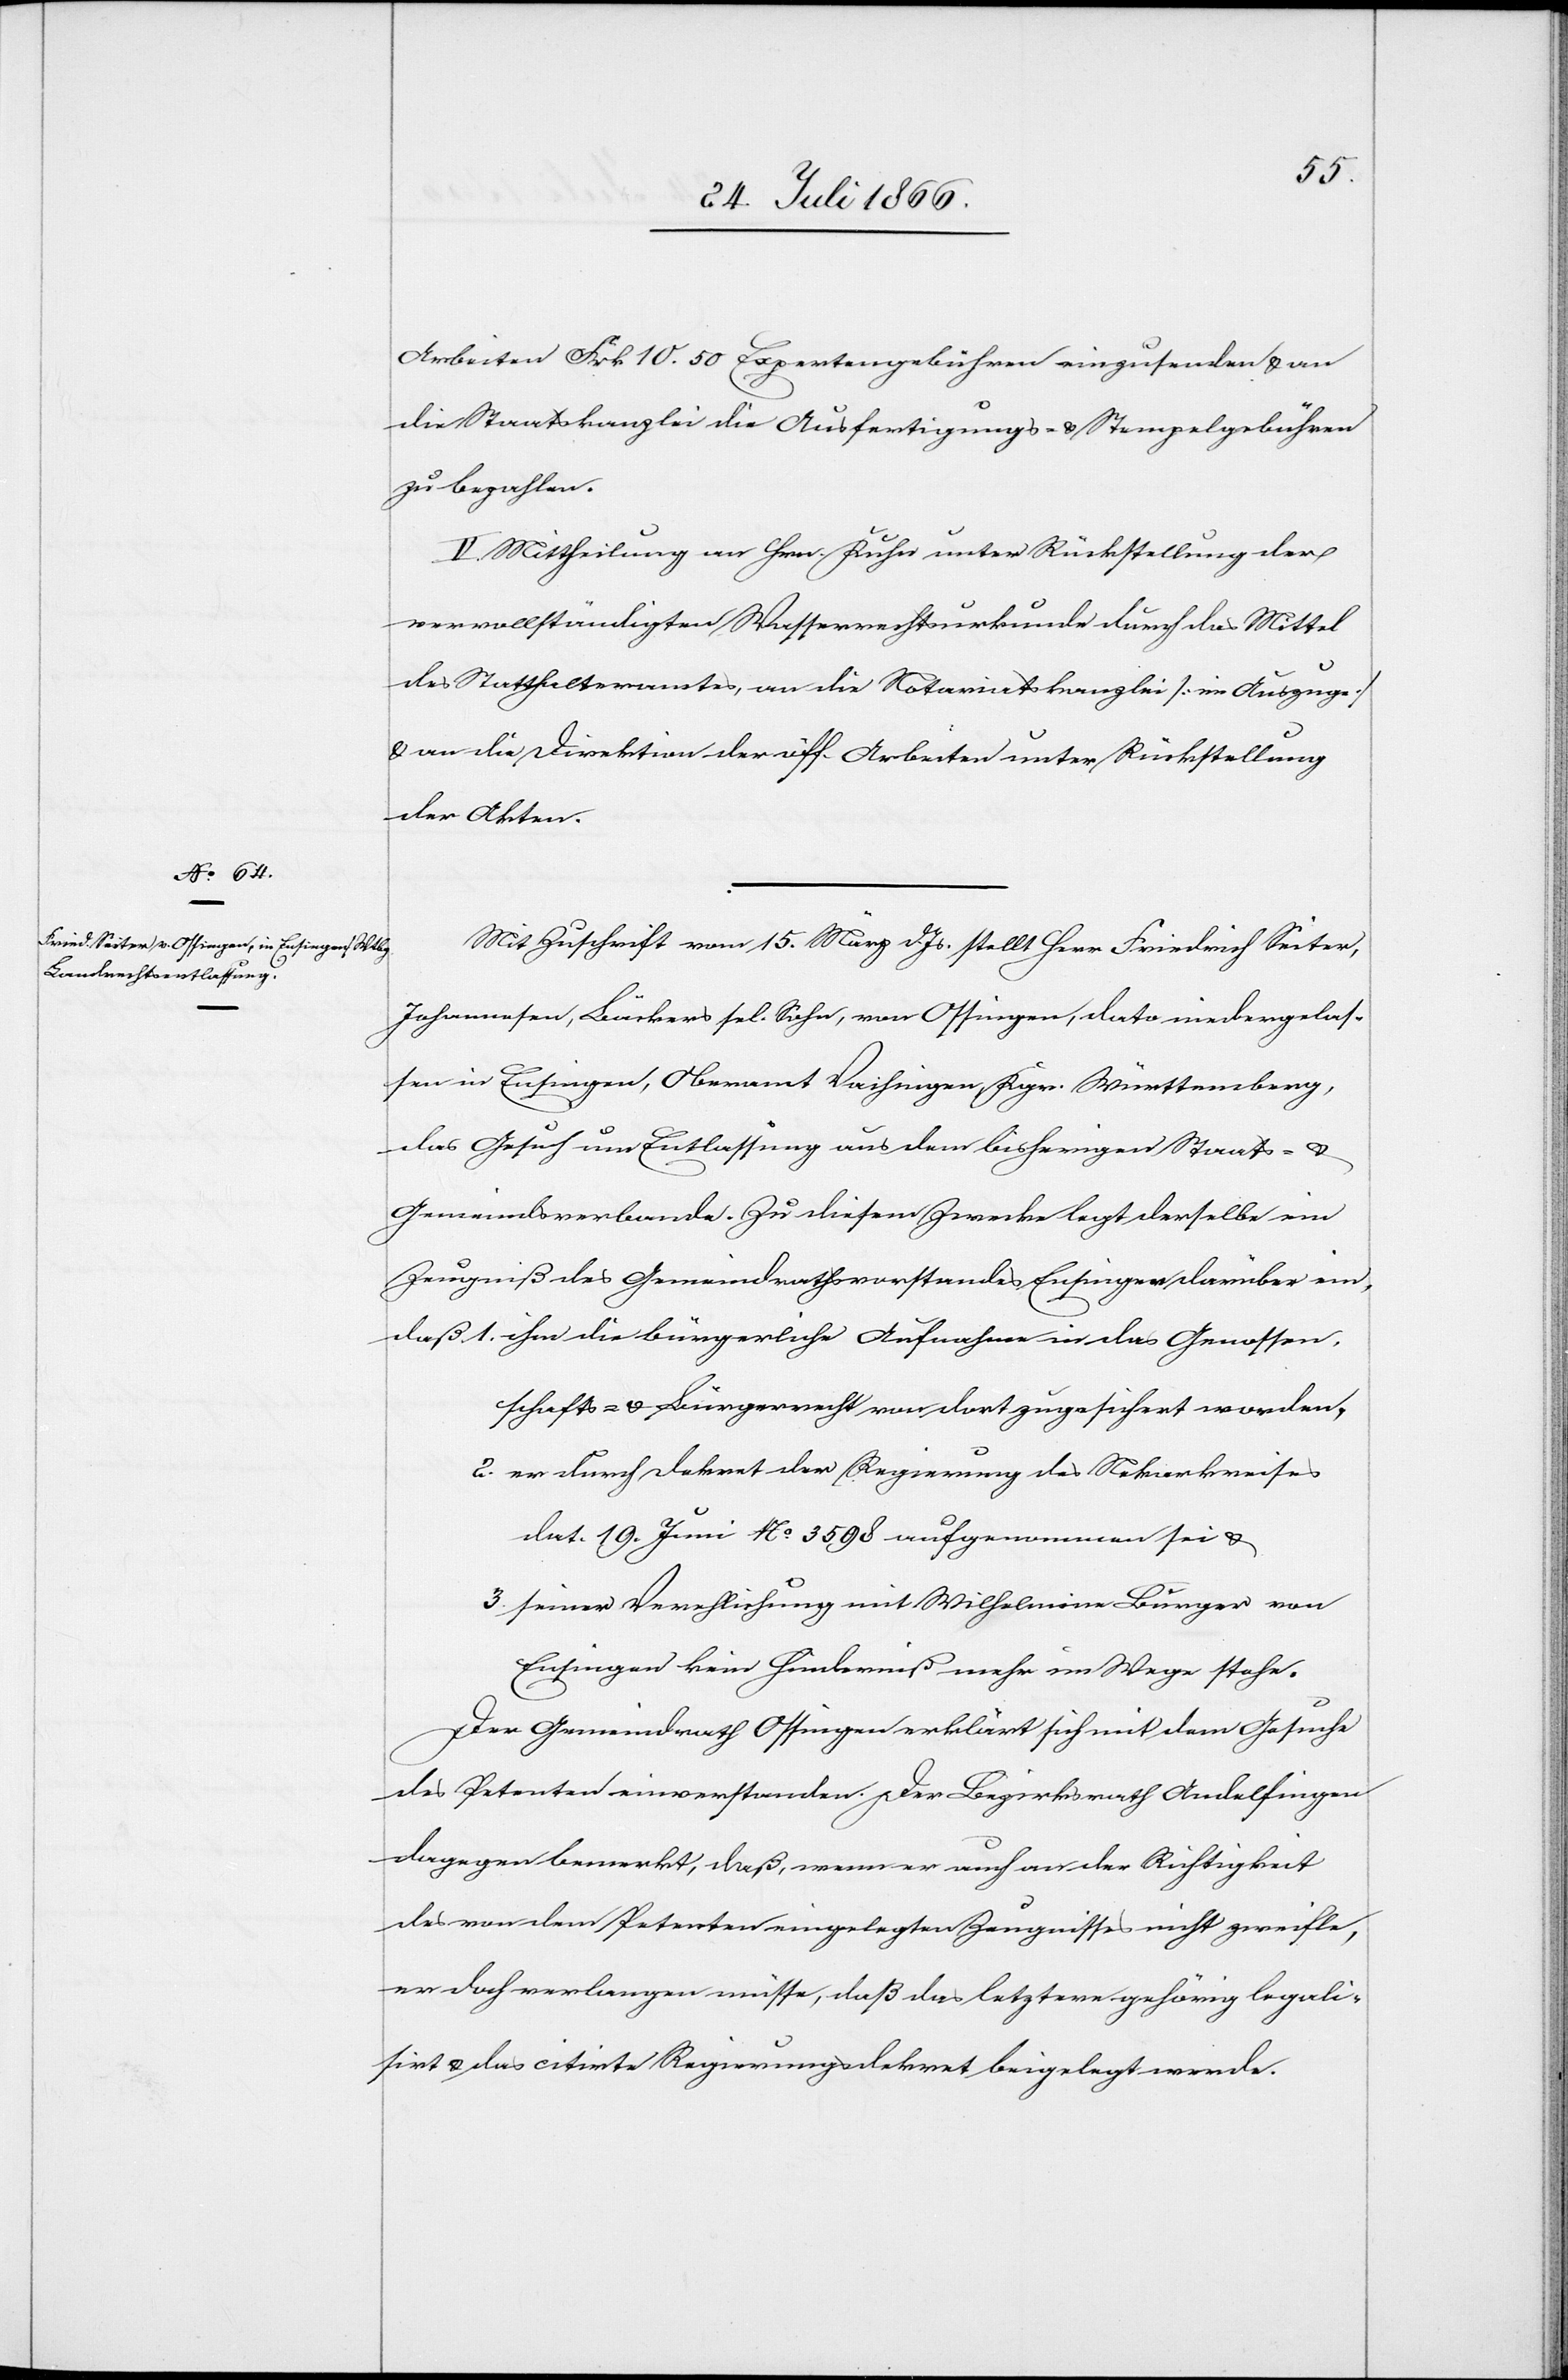
Arbeiten Frk. 10.50 Expertengebühren einzusenden u. an
die Staatskanzlei die Ausfertigungs- u. Stempelgebühren
zu bezahlen.
V. Mittheilung an Hrn. Kuhn unter Rückstellung der
vervollständigten Wasserrechtsurkunde durch das Mittel
des Statthalteramtes, an die Notariatskanzlei [im Auszuge]
u. an die Direktion der öff. Arbeiten unter Rückstellung
der Akten.
Mit Zuschrift vom 15. März d. Js. stellt Herr Friedrich Seiter,
Johannesen, Bäckers sel. Sohn, von Ossingen, dato niedergelas¬
sen in Ensingen, Oberamt Vaihnigen, Kgr. Württemberg,
das Gesuch um Entlassung aus dem bisherigen Staats- u.
Gemeindsverbande. Zu diesem Zwecke legt derselbe ein
Zeugniß des Gemeindrathsvorstandes Ensingen darüber ein,
1. ihm die bürgerliche Aufnahme in das Genossen¬
schafts- u. Bürgerrecht von dort zugesichert worden,
2. er durch Dekret der Regierung des Nekarkreises
dat. 19. Juni No. 3598 aufgenommen sei u.
3. seiner Verehelichung mit Wilhelmina Bürger von
Ensingen kein Hinderniß mehr im Wege stehe.
Der Gemeindrath Ossingen erklärt sich mit dem Gesuche
des Petenten einverstanden. Der Bezirksrath Andelfingen
dagegen bemerkt, daß, wenn er auch an der Richtigkeit
des von dem Petenten eingelegten Zeugnisses nicht zweifle,
er doch verlangen müsse, daß das letztere gehörig legali¬
sirt u. das citirte Regierungsdekret beigelegt werde.